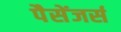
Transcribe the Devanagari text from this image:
पैसेंजर्स